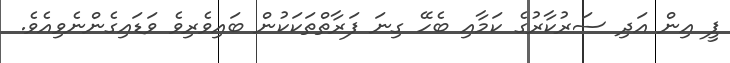
ޕީ އިން އަދި ސަރުކާރުގެ ކަމާއި ބެހޭ ގިނަ ފަރާތްތަކަކުން ބައިވެރިވެ ވަޑައިގެންނެވިއެވެ.